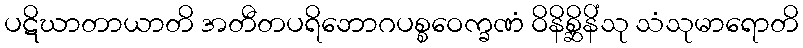
ပဋိဃာတာယာတိ အတီတပရိဘောဂပစ္စဝေက္ခဏံ ဝိနိစ္ဆိနိံသု သံသုမာရောတိ